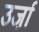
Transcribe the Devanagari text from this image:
उर्जा़